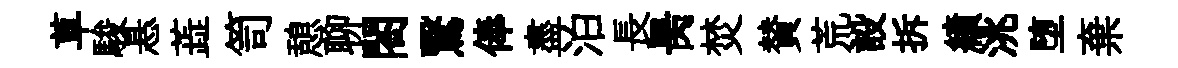
草駿悬蕋笥憩聊閤鷖俸盡泊長昺焚賛荒設拆績洮堕棄